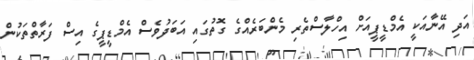
އަދި އޭނާއަކީ އެމްޑީޕީއަށް އިހްލާސްތެރި މެންބަރެއްގެ ގޮތުގައި އަބަދުވެސް އެމްޑީޕީގެ އިސް ފަރާތްތަކުން